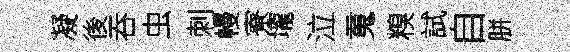
凝後吞虫刺幔寮壠泣䰟糗試自胼